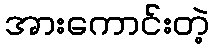
အားကောင်းတဲ့